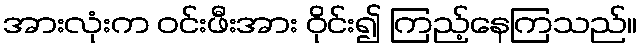
အားလုံးက ဝင်းဖီးအား ဝိုင်း၍ ကြည့်နေကြသည်။